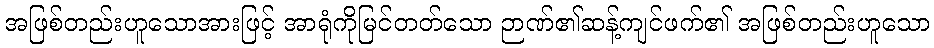
အဖြစ်တည်းဟူသောအားဖြင့် အာရုံကိုမြင်တတ်သော ဉာဏ်၏ဆန့်ကျင်ဖက်၏ အဖြစ်တည်းဟူသော